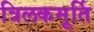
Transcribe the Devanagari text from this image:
त्रिलकमूर्ति